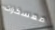
معسكرات